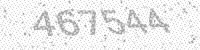
Solution: 467544